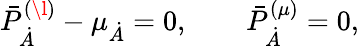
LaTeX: \bar{P}_{\dot{A}}^{(\l)}-\mu_{\dot{A}}=0,\qquad\bar{P}_{\dot{A}}^{(\mu)}=0,